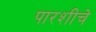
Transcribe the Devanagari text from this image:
पारशीचे